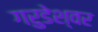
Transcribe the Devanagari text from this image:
गरुडेश्‍वर